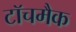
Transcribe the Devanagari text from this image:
टॉचमैक